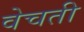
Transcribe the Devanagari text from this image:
वेचती